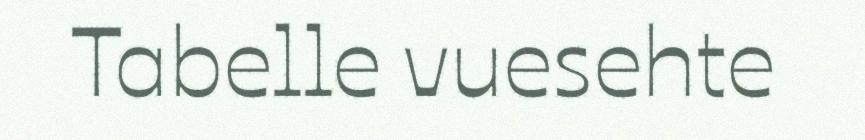
Tabelle vuesehte